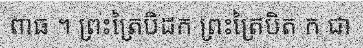
ពាធ ។ ព្រះត្រៃបិដក ព្រះត្រៃបិត ក ជា